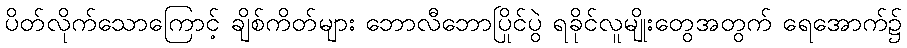
ပိတ်လိုက်သောကြောင့် ချိစ်ကိတ်များ ဘောလီဘောပြိုင်ပွဲ ရခိုင်လူမျိုးတွေအတွက် ရေအောက်၌